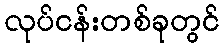
လုပ်ငန်းတစ်ခုတွင်